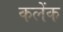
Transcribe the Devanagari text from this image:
कलेंक